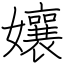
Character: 孃